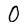
Character: 0